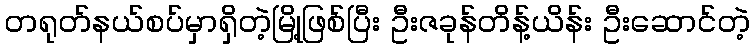
တရုတ်နယ်စပ်မှာရှိတဲ့မြို့ဖြစ်ပြီး ဦးဇခုန်တိန့်ယိန်း ဦးဆောင်တဲ့